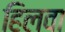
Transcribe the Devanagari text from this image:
हिलवा